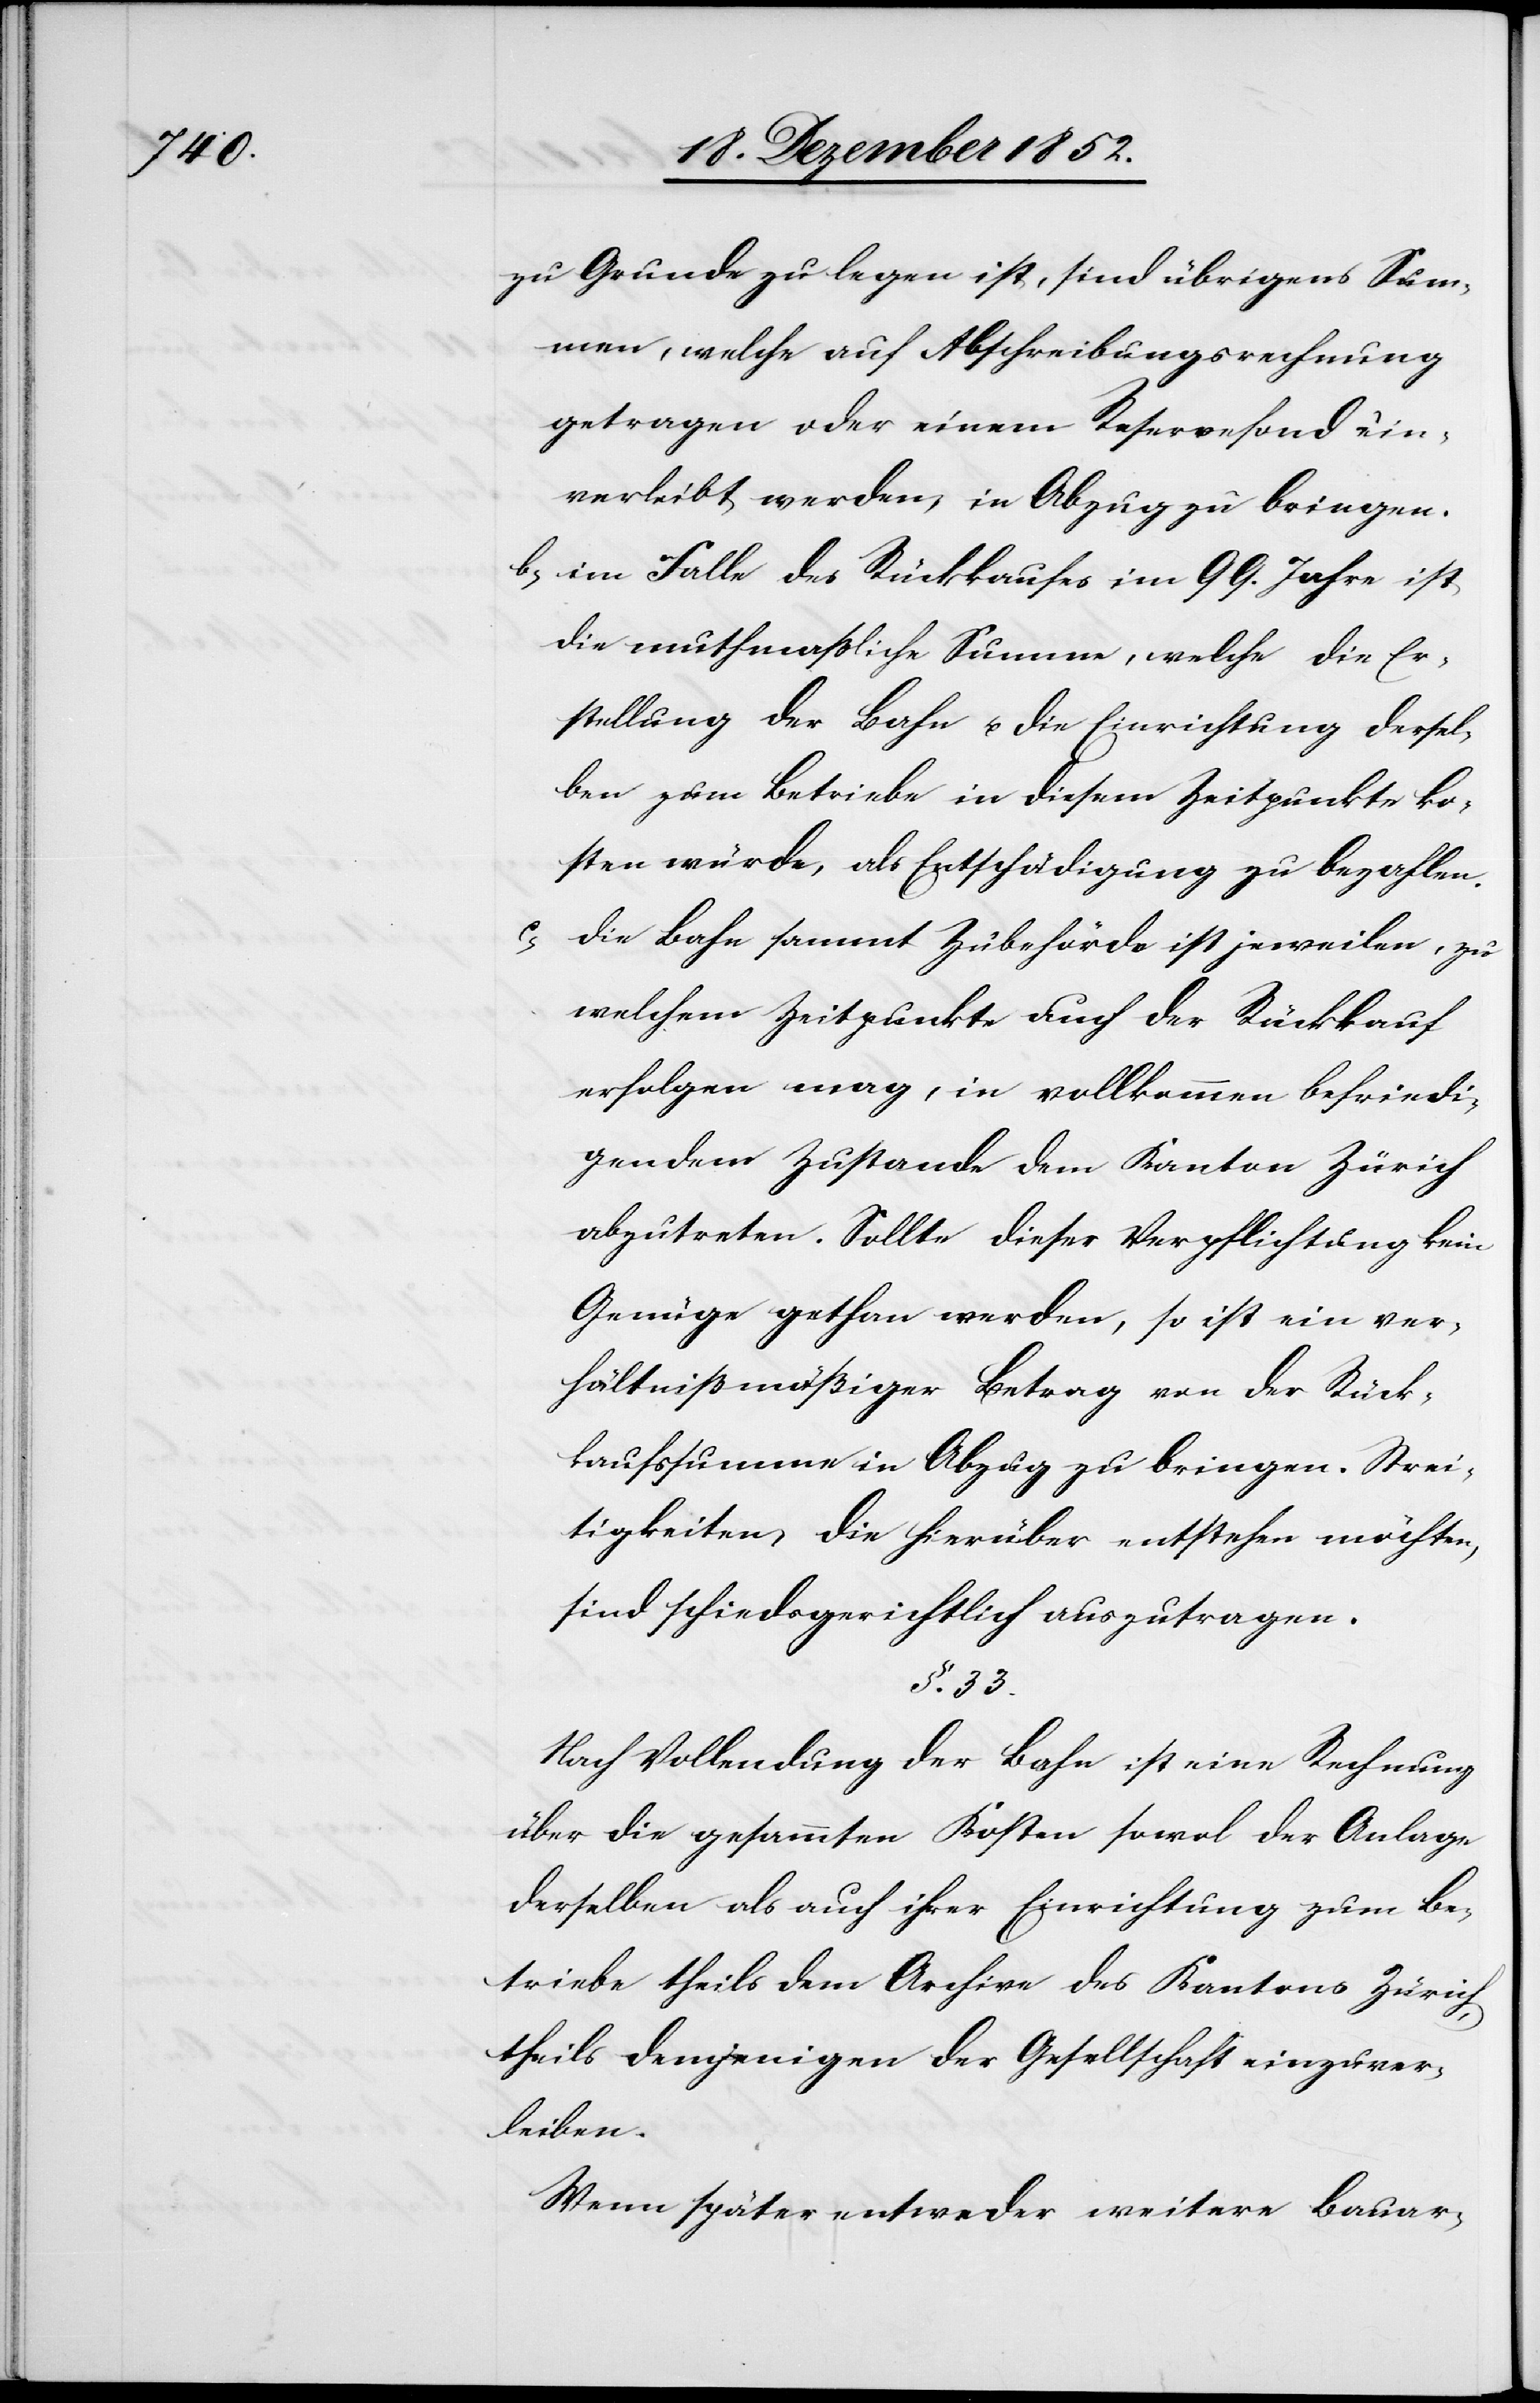
zu Grunde zu legen ist, sind übrigens Sum¬
men, welche auf Abschreibungsrechnung
getragen oder einem Reservefond ein¬
verleibt werden, in Abzug zu bringen.
im Falle des Rückkaufes im 99. Jahre ist
die muthmaßliche Summe, welche die Er¬
stellung der Bahn u. die Einrichtung dersel¬
ben zum Betriebe in diesem Zeitpunkte ko¬
sten würde, als Entschädigung zu bezahlen.
c,
Die Bahn sammt Zubehörde ist jeweilen, zu
welchem Zeitpunkte auch der Rückkauf
erfolgen mag, in vollkommen befriedi¬
gendem Zustande dem Kanton Zürich
abzutreten. Sollte dieser Verpflichtung kein
Genüge gethan werden, so ist ein ver¬
hältnißmäßiger Betrag von der Rück¬
kaufssumme in Abzug zu bringen. Strei¬
tigkeiten, die hierüber entstehen möchten,
sind schiedsgerichtlich auszutragen.
§. 33.
Nach Vollendung der Bahn ist eine Rechnung
über die gesammten Kosten sowol der Anlage
derselben als auch ihrer Einrichtung zum Be¬
triebe theils dem Archive des Kantons Zürich,
theils demjenigen der Gesellschaft einzuver¬
leiben.
Wenn später entweder weitere Bauar-